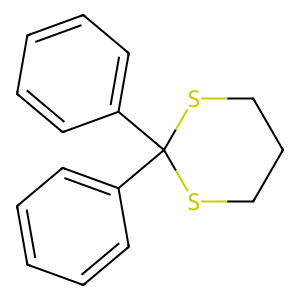
SMILES: c1ccc(C2(c3ccccc3)SCCCS2)cc1
Inhibits HIV replication: No